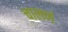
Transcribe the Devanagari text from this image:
चालणं